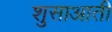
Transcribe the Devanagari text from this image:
शुसाआती